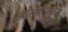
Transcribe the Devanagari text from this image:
अरिस्तोफ़नेस